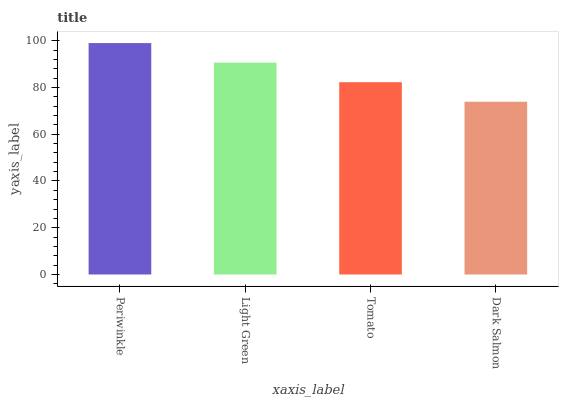
| xaxis_label | bars |
 | --- | --- |
 | Periwinkle | 99 |
 | Light Green | 90.6 |
 | Tomato | 82.3 |
 | Dark Salmon | 73.9 |